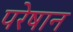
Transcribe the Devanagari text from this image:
परेषान